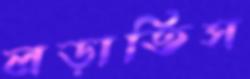
লড়াতিস